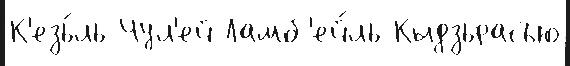
К'езь́ль Чул'ей Ламб'ей́ль Кыдзьрасъю